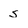
Character: s